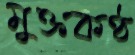
মুক্তকণ্ঠ